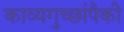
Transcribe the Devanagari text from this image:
काव्यगुच्छांपैकी